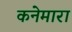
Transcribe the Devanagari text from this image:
कनेमारा